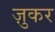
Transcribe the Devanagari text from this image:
ज़ुकर